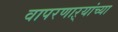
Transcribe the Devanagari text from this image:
वापरणाऱ्यांच्या